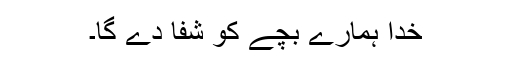
خدا ہمارے بچے کو شفا دے گا۔